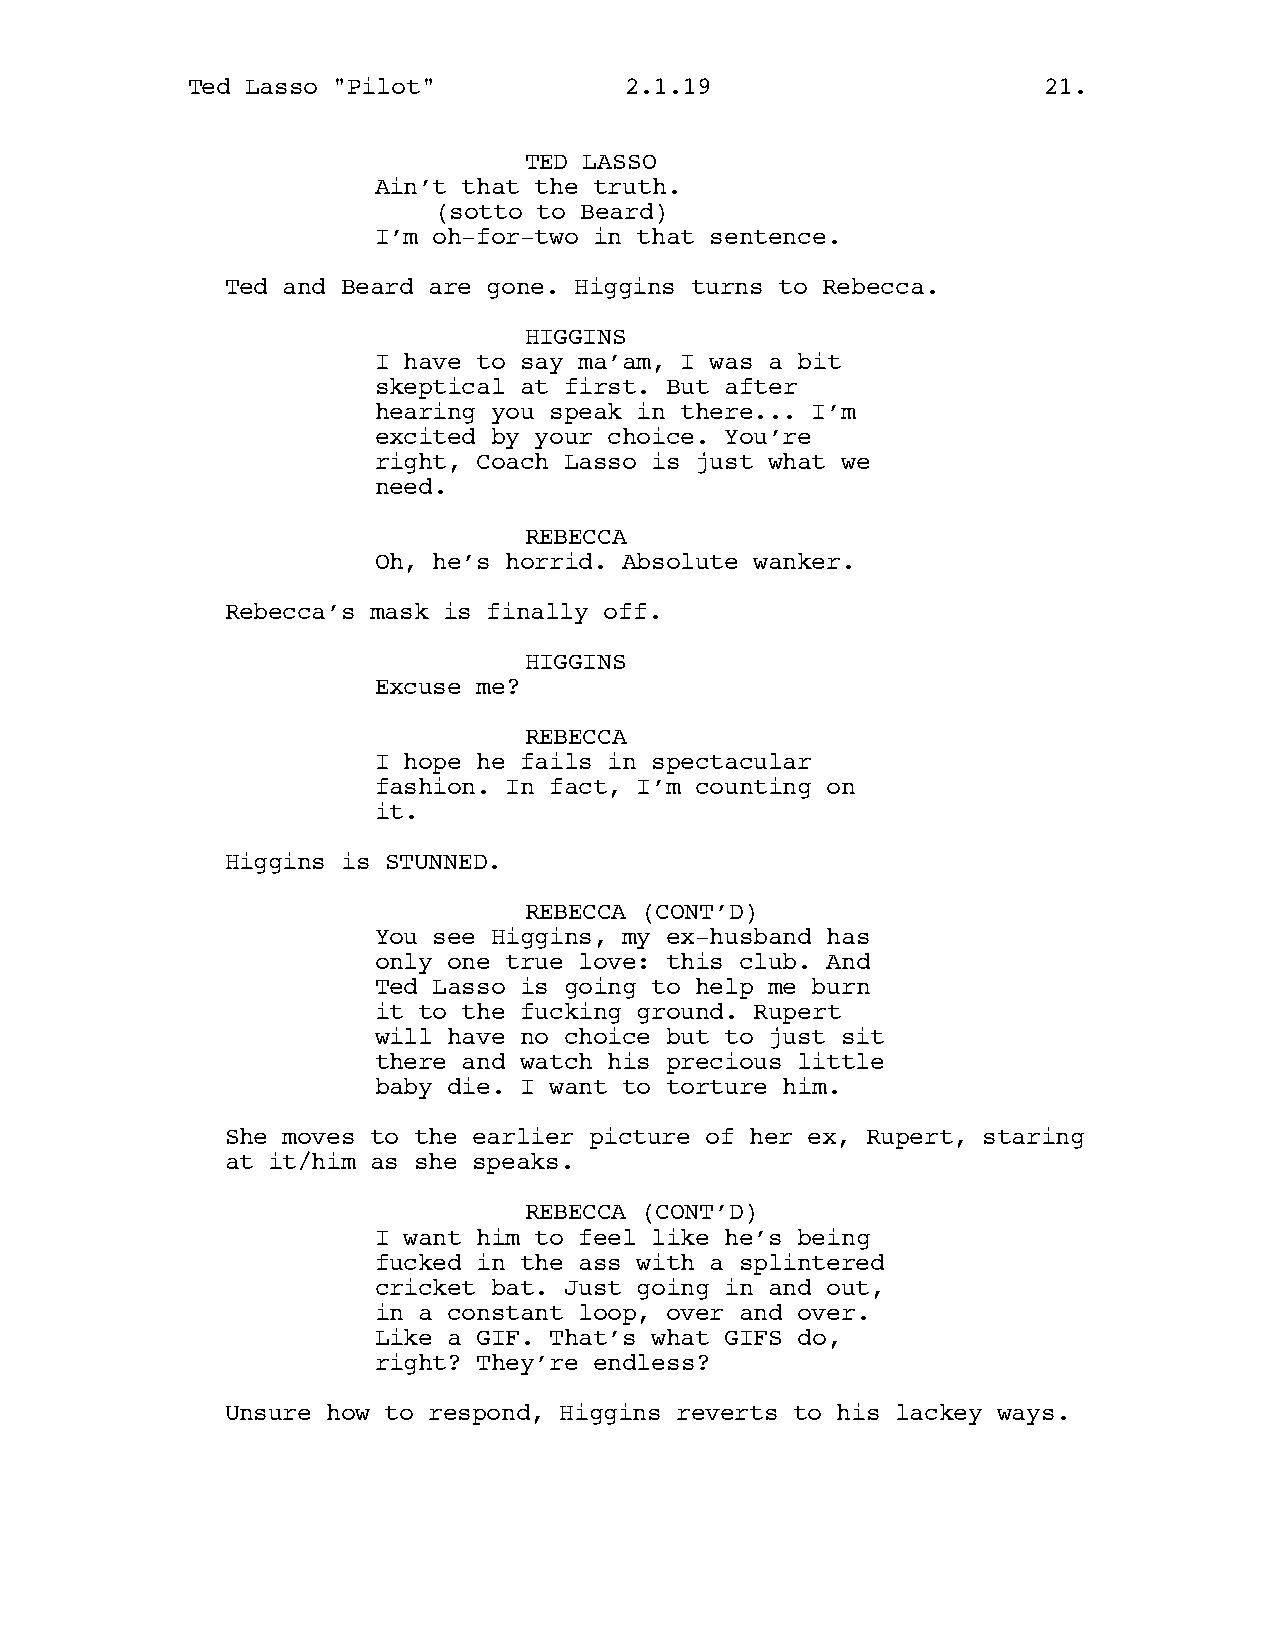
Ted Lasso "Pilot"            2.1.19                      21.
 TED LASSO
 Ain’t that the truth.
 (sotto to Beard)
 I’m oh-for-two in that sentence.
 Ted and Beard are gone. Higgins turns to Rebecca.
 HIGGINS
 I have to say ma’am, I was a bit
 skeptical at first. But after
 hearing you speak in there... I’m
 excited by your choice. You’re
 right, Coach Lasso is just what we
 need.
 REBECCA
 Oh, he’s horrid. Absolute wanker.
 Rebecca’s mask is finally off.
 HIGGINS
 Excuse me?
 REBECCA
 I hope he fails in spectacular
 fashion. In fact, I’m counting on
 it.
 Higgins is STUNNED.
 REBECCA (CONT’D)
 You see Higgins, my ex-husband has
 only one true love: this club. And
 Ted Lasso is going to help me burn
 it to the fucking ground. Rupert
 will have no choice but to just sit
 there and watch his precious little
 baby die. I want to torture him.
 She moves to the earlier picture of her ex, Rupert, staring
 at it/him as she speaks.
 REBECCA (CONT’D)
 I want him to feel like he’s being
 fucked in the ass with a splintered
 cricket bat. Just going in and out,
 in a constant loop, over and over.
 Like a GIF. That’s what GIFS do,
 right? They’re endless?
 Unsure how to respond, Higgins reverts to his lackey ways.